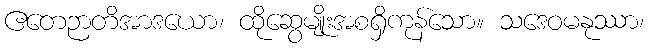
ဧတေဉာတိအာဒယော၊ ထိုဆွေမျိုးအစရှိကုန်သော။ သဒေဝမနုဿာ၊